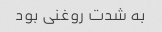
به شدت روغنی بود